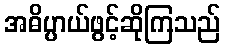
အဓိပ္ပာယ်ဖွင့်ဆိုကြသည်